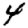
Digit: 4